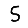
Digit: 5